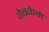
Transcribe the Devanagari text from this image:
वेबकेम